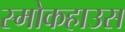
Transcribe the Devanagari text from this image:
स्मोकहाउस